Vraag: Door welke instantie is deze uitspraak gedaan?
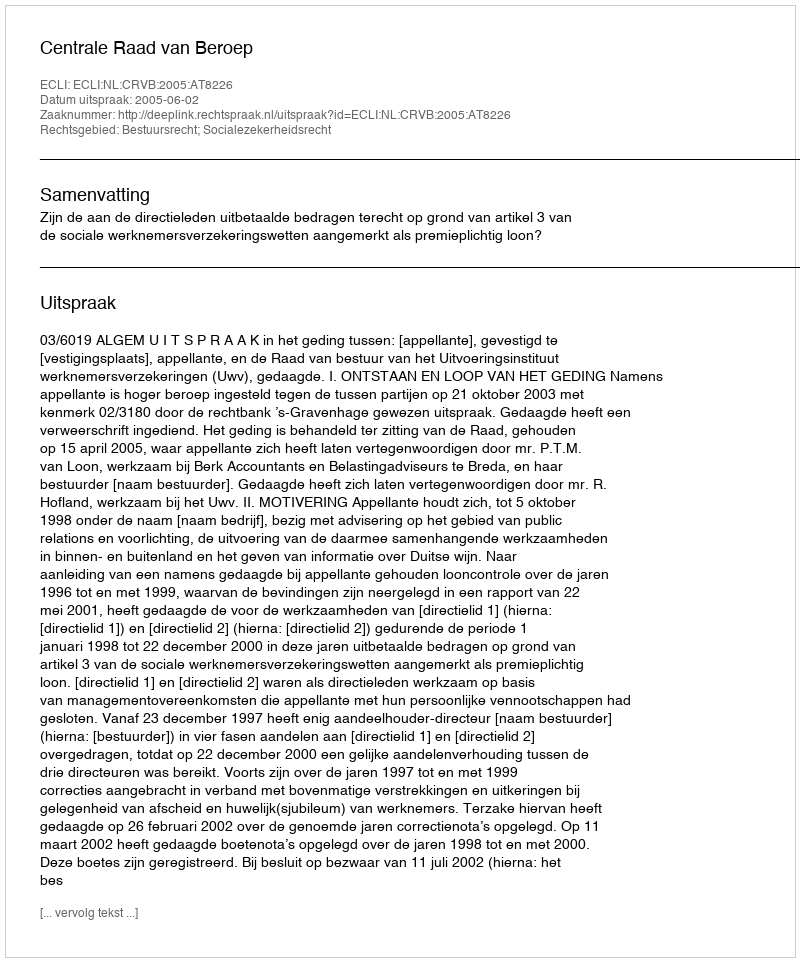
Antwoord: Centrale Raad van Beroep